Document type: Pledge
Year: 1265
Scribe: Pere Marc
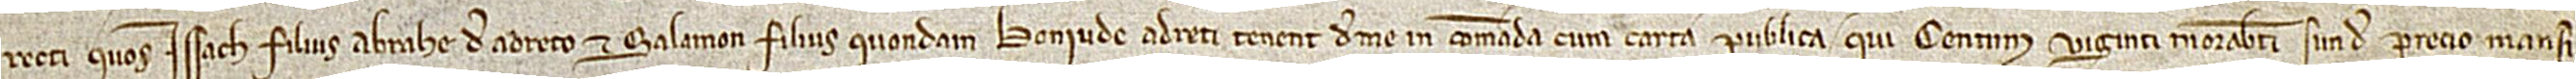
recti quos Issach, filius Abrahe de Adreto, et Salamon, filius quondam Boniude Adreti, tenent de me in comanda cum carta publica, qui centum viginti morabatini sun(t) de precio mansi